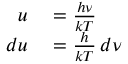
\begin{array} { r l } { u } & { { } = { \frac { h \nu } { k T } } } \\ { d u } & { { } = { \frac { h } { k T } } \, d \nu } \end{array}